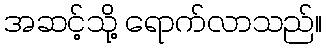
အဆင့်သို့ ရောက်လာသည်။